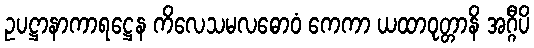
ဥပဋ္ဌာနာကာရဋ္ဌေန ကိလေသမလဓောဝံ ကေကာ ယထာဝုတ္တာနိ အဂ္ဂီပိ